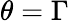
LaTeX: \theta=\Gamma